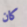
كان